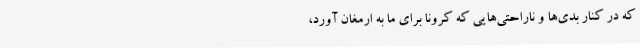
که در کنار بدی‌ها و ناراحتی‌هایی که کرونا برای ما به ارمغان آورد،